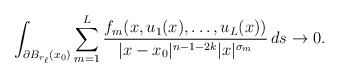
\begin{align*}\int_{\partial B_{r_{\ell}}(x_0)} \sum_{m=1}^{L} \frac{f_{m}(x,u_{1}(x),\ldots,u_{L}(x))}{|x-x_0|^{n-1-2k}|x|^{\sigma_m}} \,ds \rightarrow 0.\end{align*}